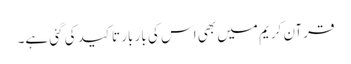
قرآنِ کریم میں بھی اس کی بار بار تاکید کی گئی ہے۔